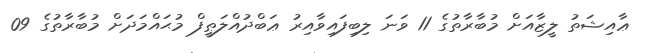
ޢާއިޝަތު ލީޒާއަށް މުބާރާތުގެ 11 ވަނަ ލިބިފައިވާއިރު ޢަބްދުއްލަޠީފް މުޙައްމަދަށް މުބާރާތުގެ 09